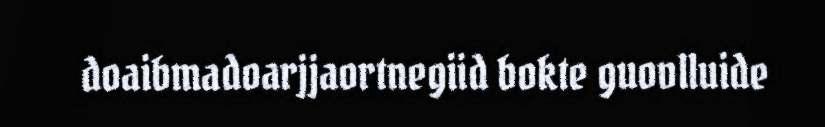
doaibmadoarjjaortnegiid bokte guovlluide